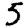
Digit: 5